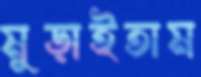
মুড়াইতাম